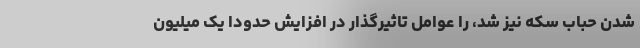
شدن حباب سکه نیز شد، را عوامل تاثیرگذار در افزایش حدودا یک میلیون